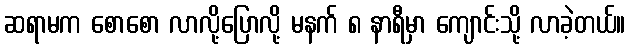
ဆရာမက စောစော လာလို့ပြောလို့ မနက် ၈ နာရီမှာ ကျောင်းသို့ လာခဲ့တယ်။